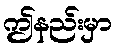
ဤနည်းမှာ